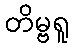
တိမ္ဗရူ